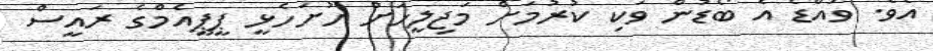
އެވެ. ވައްޑެ އެ ބޯޑުން ވަކި ކުރުމަށް މަޖިލީހަށް ހުށަހެޅީ ޕީޕީއެމްގެ ރައީސް